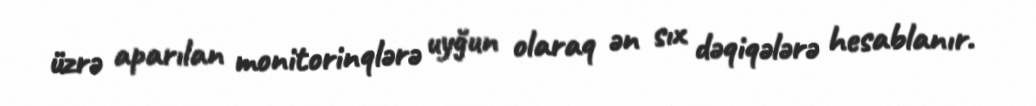
üzrə aparılan monitorinqlərə uyğun olaraq ən sıx dəqiqələrə hesablanır.